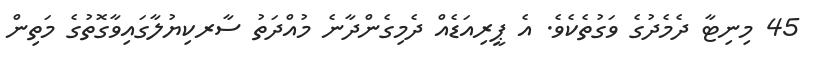
45 މިނިޓާ ދެމެދުގެ ވަގުތެކެވެ. އެ ޕީރިއަޑެއް ދެމިގެންދާނެ މުއްދަތު ސާރކިޔުލާގައިވާގޮތުގެ މަތިން